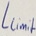
Text: Llimit